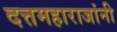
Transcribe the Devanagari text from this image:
दत्तमहाराजांनी